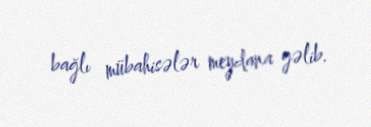
bağlı mübahisələr meydana gəlib.